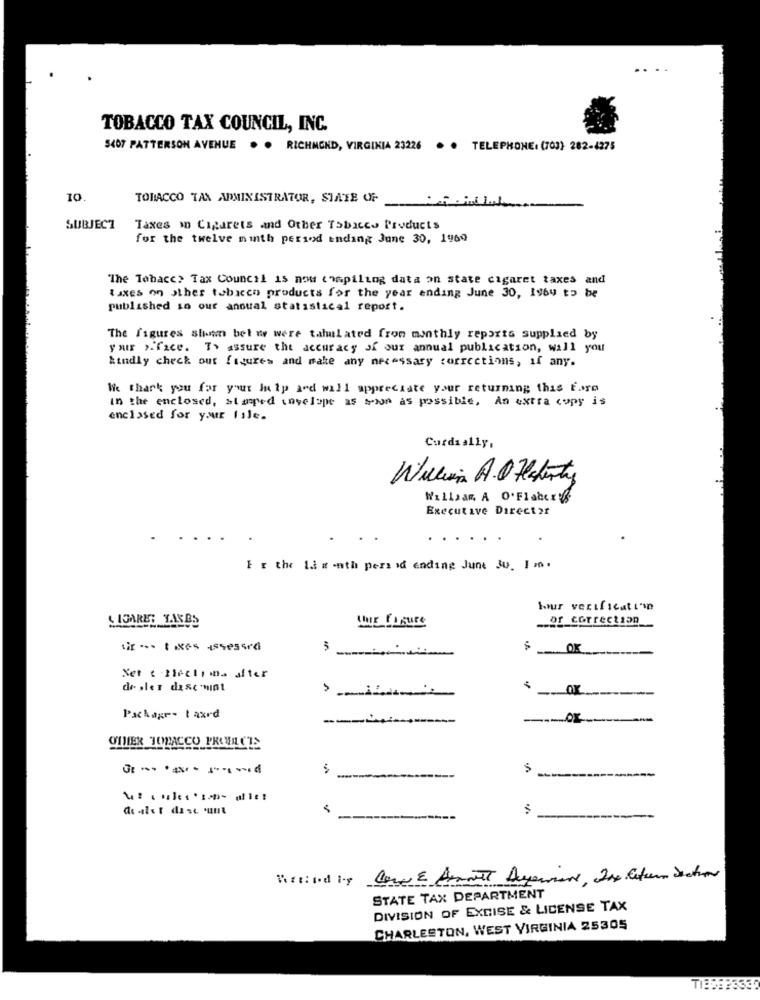
TOBACCO TAX COUNCIL, INC.
5407 PATTERSON AVENUE
. . RICHMOND, VIRGINIA 23226
. . TELEPHONE: (703) 282-4275
10.
TOBACCO TAX ADMINISTRATOR, STATE OF
SUBJECT
Taxes m Cigarets and Other Tobacco Products
for the twelve ninth period ending June 30, 1969
The Tabacc> Tax Council is now compiling data on state cigaret taxes and
taxes on other tobacco products for the year ending June 30, Isby to be
published 10 our annual statistical report.
The figures shown bet we were tahulated from monthly reports supplied by
yair >"face. To assure the accuracy of our annual publication, will you
kindly check out figures and make any necessary corrections, if any.
We thank you for your In ip ard will appreciate your returning this foro
in the enclosed, stamped invelope as soon as possible, An extra copy is
enclosed for your file.
Curda ally,
Willian A.C. Hlaterty
William, A O'Flabery
Executive Director
.
..
..
Er the Ia # -nth pers id ending June Ju. I m.
CIGARET TAKBS
Shir Fa sure
or correction
OK
Net : Ileclima after
de sler dasc 'mint
Package- taxrd
--
OTHER TOPACCO PROTILCTS
-------
zinks'in dies
STATE TAX DEPARTMENT
DIVISION OF EXCISE & LICENSE TAX
CHARLESTON, WEST VIRGINIA 25305